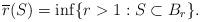
LaTeX: \begin{align*}\overline {r} (S) = \inf \{ r > 1 : S \subset B_r\}. \end{align*}